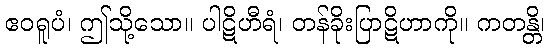
ဧဝရူပံ၊ ဤသို့သော။ ပါဋိဟီရံ၊ တန်ခိုးပြာဋိဟာကို။ ကတန္တိ၊